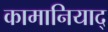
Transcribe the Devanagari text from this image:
कामानियाद्